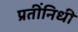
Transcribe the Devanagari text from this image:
प्रतींनिधी